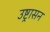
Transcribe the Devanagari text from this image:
उष्ट्रासन